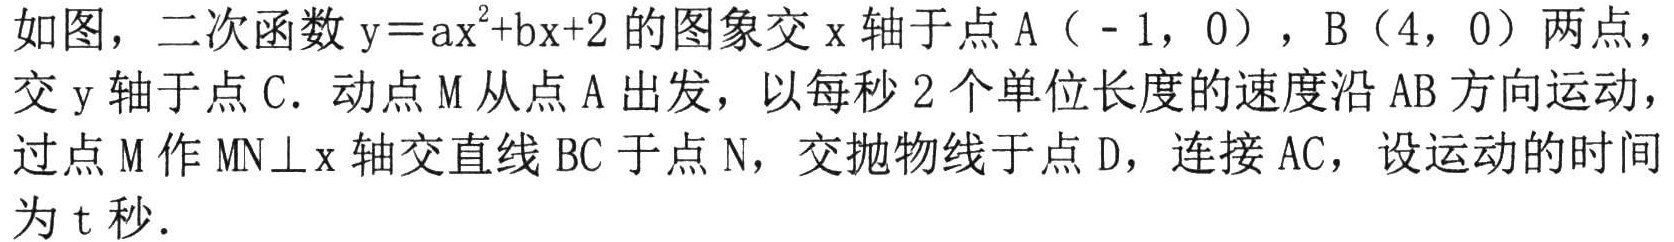
如图，二次函数\(y = ax^{2}+bx + 2\)的图象交\(x\)轴于点\(A(-1,0)\)，\(B(4,0)\)两点，交\(y\)轴于点\(C\)。动点\(M\)从点\(A\)出发，以每秒\(2\)个单位长度的速度沿\(AB\)方向运动，过点\(M\)作\(MN\perp x\)轴交直线\(BC\)于点\(N\)，交抛物线于点\(D\)，连接\(AC\)，设运动的时间为\(t\)秒。